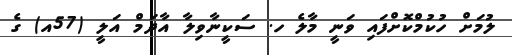
ލުމަށް ހުކުމްކޮށްފައި ވަނީ މާލެ ހ. ސަކީނާވިލާ އާދަމް އަލީ (57އ) ގެ